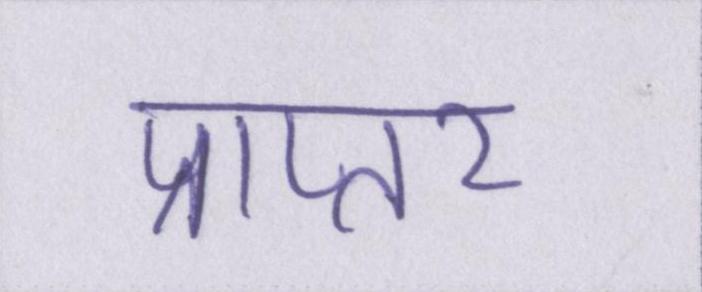
प्राप्तर